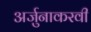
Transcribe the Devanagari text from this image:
अर्जुनाकरवी